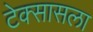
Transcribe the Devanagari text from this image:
टेक्सासला